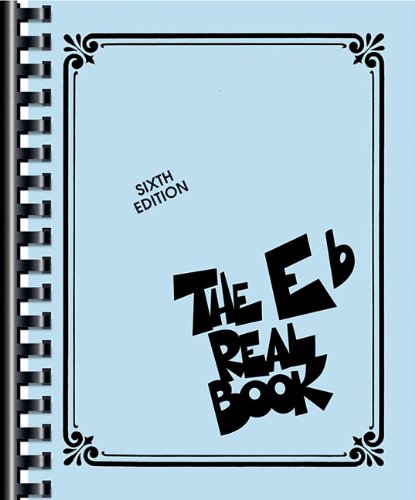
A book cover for The Eb Real Book, Sixth Edition; Arts & Photography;